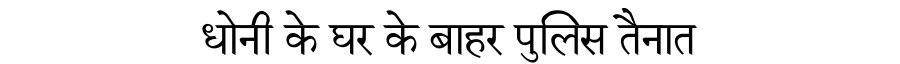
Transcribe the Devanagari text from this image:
धोनी के घर के बाहर पुलिस तैनात